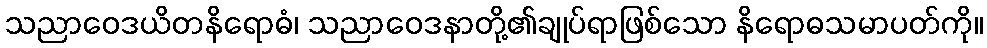
သညာဝေဒယိတနိရောဓံ၊ သညာဝေဒနာတို့၏ချုပ်ရာဖြစ်သော နိရောဓသမာပတ်ကို။